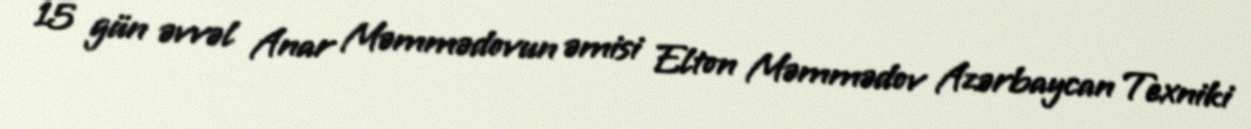
15 gün əvvəl Anar Məmmədovun əmisi Elton Məmmədov Azərbaycan Texniki